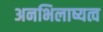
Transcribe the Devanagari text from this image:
अनभिलाष्यत्व